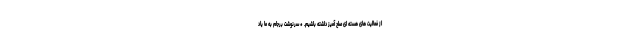
از فعالیت های هسته ای صلح آمیز داشته باشیم. * سرنوشت برجام به ما یاد